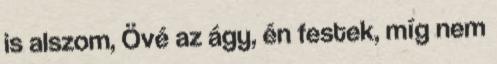
is alszom, Övé az ágy, én festek, míg nem